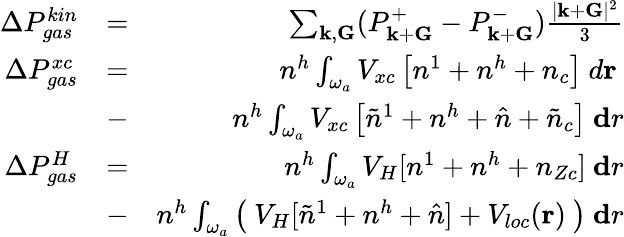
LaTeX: \begin{array}{rlr}{\Delta P_{gas}^{kin}}&{=}&{\sum_{{\mathbf k},{\mathbf G}}(P_{{\mathbf k}+{\mathbf G}}^{+}-P_{{\mathbf k}+{\mathbf G}}^{-})\frac{|{\mathbf k}+{\mathbf G}|^{2}}{3}}\\ {\Delta P_{gas}^{xc}}&{=}&{n^{h}\int_{\omega_{a}}V_{xc}\left[n^{1}+n^{h}+n_{c}\right]~d{\mathbf r}~}\\ &{-}&{n^{h}\int_{\omega_{a}}V_{xc}\left[\tilde{n}^{1}+n^{h}+\hat{n}+\tilde{n}_{c}\right]~{\mathbf dr}}\\ {\Delta P_{gas}^{H}}&{=}&{n^{h}\int_{\omega_{a}}V_{H}[n^{1}+n^{h}+n_{Zc}]~{\mathbf dr}}\\ &{-}&{n^{h}\int_{\omega_{a}}\left(~V_{H}[\tilde{n}^{1}+n^{h}+\hat{n}]+V_{loc}({\mathbf r})~\right)~{\mathbf dr}}\end{array}